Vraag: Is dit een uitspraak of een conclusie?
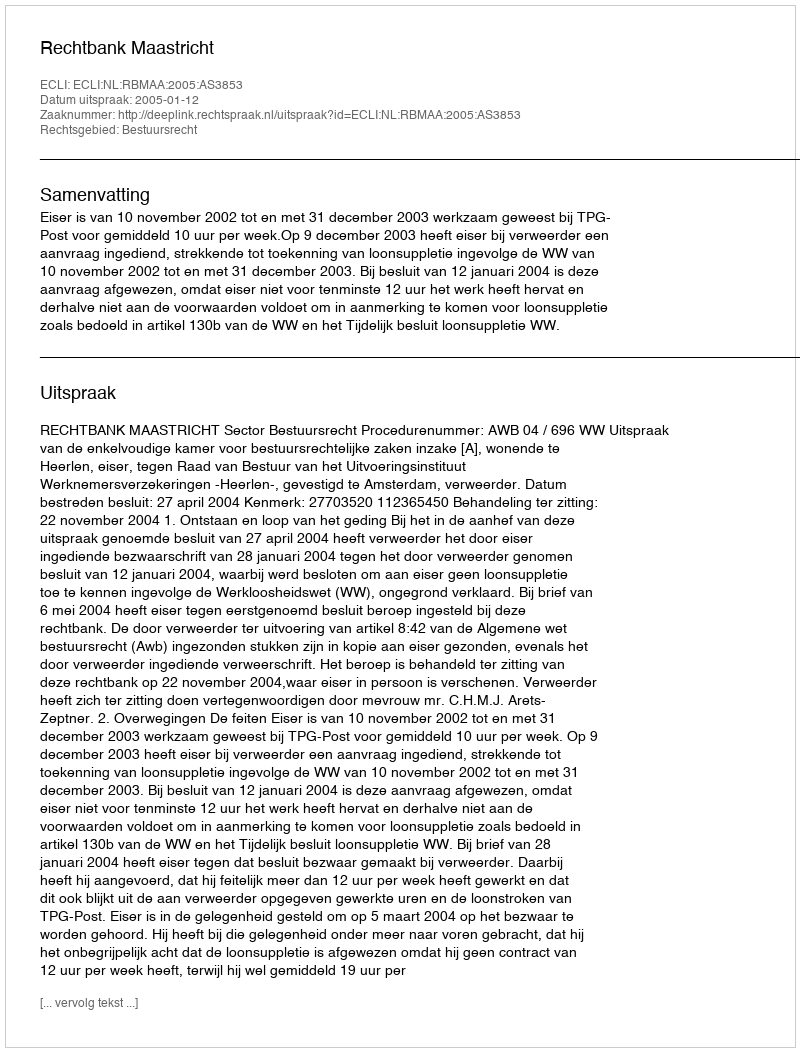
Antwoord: Uitspraak